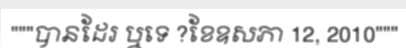
"""បានដែរ ឬទេ ?ខែឧសភា 12, 2010"""